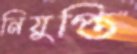
নিযুপ্তি